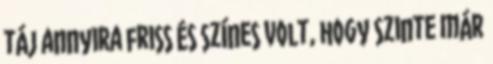
táj annyira friss és színes volt, hogy szinte már